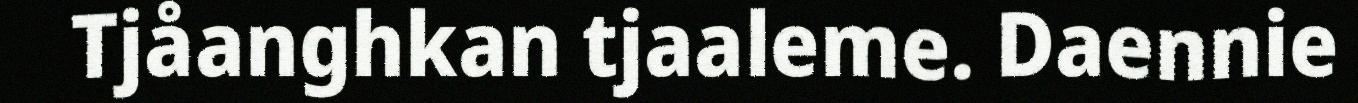
Tjåanghkan tjaaleme. Daennie